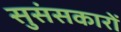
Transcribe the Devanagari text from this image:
सुसंसकारों